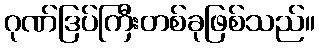
ဂုဏ်ဒြပ်ကြီးတစ်ခုဖြစ်သည်။